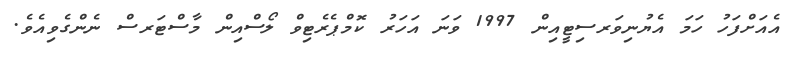
އެއަށްފަހު ހަމަ އެޔުނިވަރސިޓީއިން 1997 ވަނަ އަހަރު ކޮމްޕެރެޓިވް ލޯސްއިން މާސްޓަރސް ނެންގެވިއެވެ.